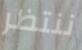
ننتظر